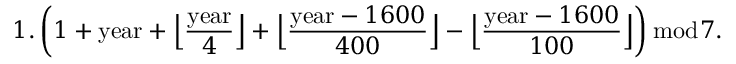
1 . \left( 1 + { \mathrm { y e a r } } + { \Big \lfloor } { \frac { \mathrm { y e a r } } { 4 } } { \Big \rfloor } + { \Big \lfloor } { \frac { { \mathrm { y e a r } } - 1 6 0 0 } { 4 0 0 } } { \Big \rfloor } - { \Big \lfloor } { \frac { { \mathrm { y e a r } } - 1 6 0 0 } { 1 0 0 } } { \Big \rfloor } \right) { \bmod { 7 } } .